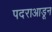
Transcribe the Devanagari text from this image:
पदराआडून